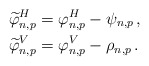
\begin{align*} \widetilde{\varphi}^{H}_{n,p} &= \varphi^{H}_{n,p} - \psi_{n,p}\,, \\ \widetilde{\varphi}^{V}_{n,p} &= \varphi^{V}_{n,p} - \rho_{n,p}\,.\end{align*}